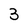
Character: 3